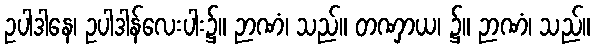
ဥပါဒါနေ၊ ဥပါဒါန်လေးပါး၌။ ဉာဏံ၊ သည်။ တဏှာယ၊ ၌။ ဉာဏံ၊ သည်။